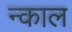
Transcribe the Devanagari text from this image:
न्काल